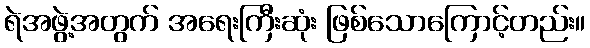
ရဲအဖွဲ့အတွက် အရေးကြီးဆုံး ဖြစ်သောကြောင့်တည်း။